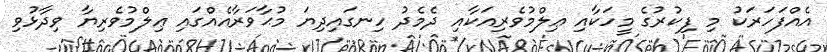
އެއްފަހަރަކު މި ފިކުރުގެ މީހަކާއި ޢިލްމުވެރިއަކާއި ދެމެދު ހިނގައިދިޔަ މުޙާވަރާއެއްގައި ޢިލްމުވެރިޔާ ވިދާޅުވި